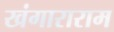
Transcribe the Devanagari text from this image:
खंगाराराम